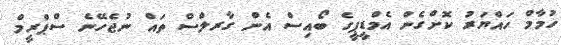
ހުމާމް ހައްޔަރު ކޮށްގެން އެމްޑީޕީގެ ބޯއިސް އެން ގާރލްސް ތައް ނުޖެހޭނެ ސްޕްރީމް